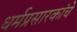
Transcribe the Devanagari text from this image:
धर्मप्रसारकांचे